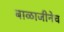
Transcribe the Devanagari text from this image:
बाळाजीनेच